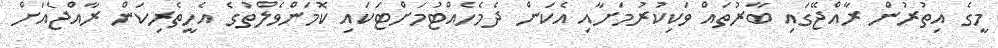
މީގެ އިތުރުން ރާއްޖޭގައި ބާރުތައް ވަކިކުރުމަށާއި އެކަން ދެމެހެއްޓުމަށްޓަކައި ކޮމަންވެލްތުގެ އެހީތެރިކަން ރާއްޖެއަށް